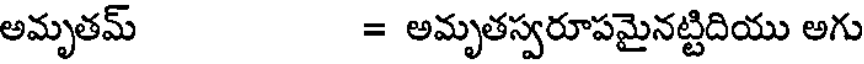
అమృతమ్ = అమృతస్వరూపమైనట్టిదియు అగు